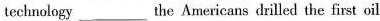
technology ___ the Americans drilled the first oil